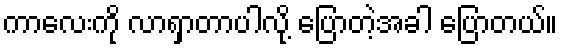
ကာလေးကို လာရှာတာပါလို့ ပြောတဲ့အခါ ပြောတယ်။